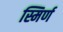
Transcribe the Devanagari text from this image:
स्मिर्ण